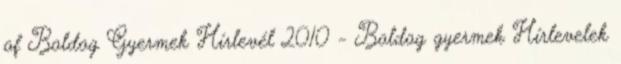
of Boldog Gyermek Hírlevél 2010 - Boldog gyermek Hírlevelek